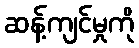
ဆန့်ကျင်မှုကို